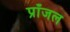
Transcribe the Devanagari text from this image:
प्राँजल